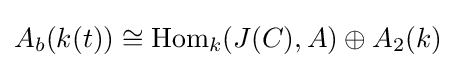
A_{b}(k(t))\cong \operatorname {Hom} _{k}(J(C),A)\oplus A_{2}(k)